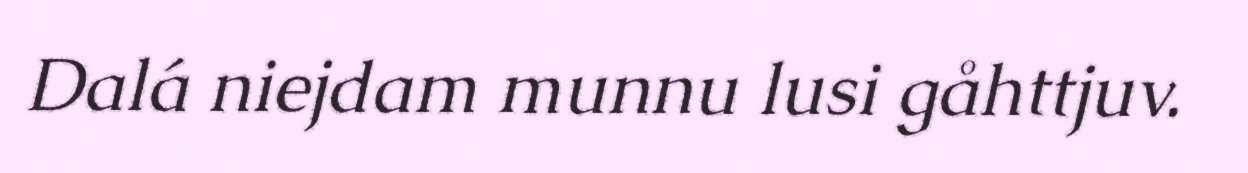
Dalá niejdam munnu lusi gåhttjuv.